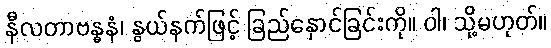
နီလတာဗန္ဓနံ၊ နွယ်နက်ဖြင့် ခြည်နှောင်ခြင်းကို။ ဝါ၊ သို့မဟုတ်။